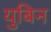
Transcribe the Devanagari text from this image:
युबिन